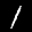
Label: 1